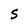
Character: S